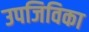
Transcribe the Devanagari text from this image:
उपजिविका